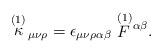
LaTeX: \begin{align*}\stackrel{(1)}{\kappa}\!_{\mu\nu\rho} = \epsilon_{\mu\nu\rho\alpha\beta} \stackrel{(1)}{F}\! ^{\alpha\beta}.\end{align*}